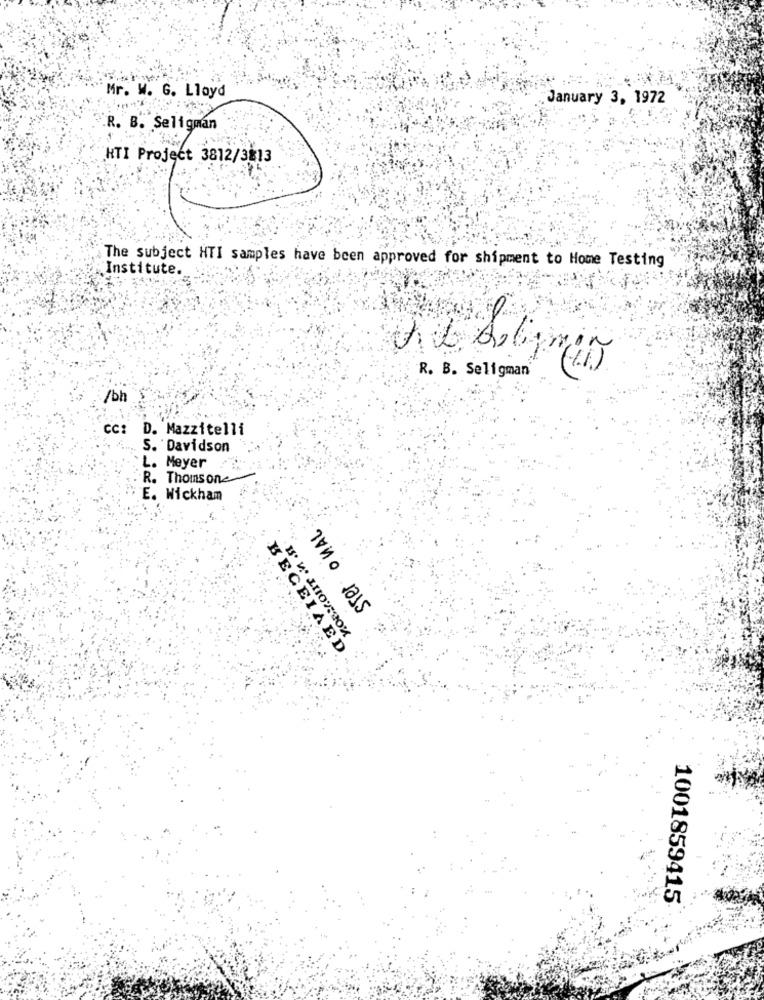
Mr. W. G. Lloyd
January 3, 1972
R. B. Seligman
HTI Project 3812/3813
The subject HTI samples have been approved for shipment to Home Testing
Institute.
R. B. Seligman"
/bh
cc: D. Mazzitelli
S. Davidson
L. Meyer
R. Thomsone
E. Wickham
Ster onAL
BECEIAED
1001859415